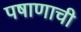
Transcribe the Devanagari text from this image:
पषाणाची